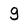
Character: g